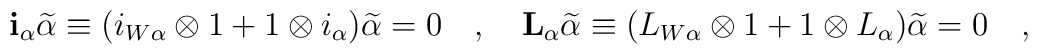
\mathbf{i}_\alpha \widetilde\alpha \equiv( i_{W\alpha} \otimes 1 + 1\otimes i_\alpha)\widetilde\alpha=0\quad,\quad\mathbf{L}_\alpha \widetilde\alpha \equiv(L_{W\alpha} \otimes 1 + 1\otimes L_\alpha)\widetilde\alpha =0 \quad,